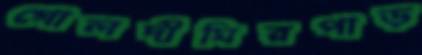
গোলদীঘিরপাড়